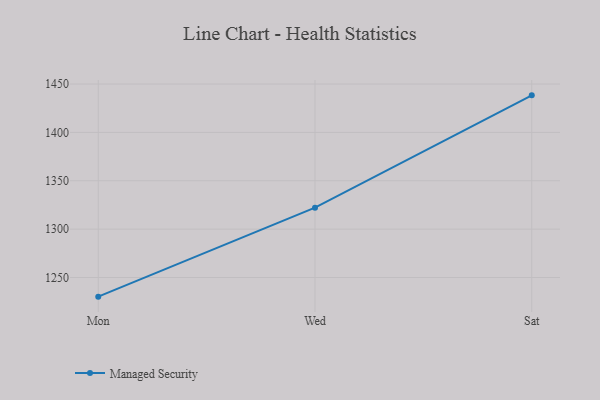
{"axis": {"x": "Day", "y": "Bounce Rate (%)"}, "legend": ["Managed Security"], "data": [{"x": "Mon", "y": 1230.2, "type": "Managed Security"}, {"x": "Wed", "y": 1322.2, "type": "Managed Security"}, {"x": "Sat", "y": 1438.3, "type": "Managed Security"}]}